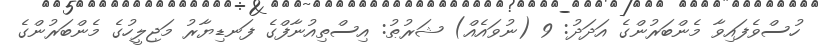
ހުސްވެފައިވާ މެންބަރުންގެ އަދަދު: 9 (ނުވައެއް) ޝަރުޠު: އިސްތިއުނާފްގެ ފަނޑިޔާރު މަޖިލީހުގެ މެންބަރުންގެ